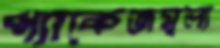
প্যাকেজমূল্য